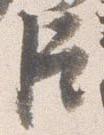
臣